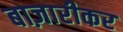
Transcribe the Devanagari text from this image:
बाज़ारीकर